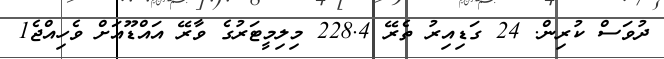
ދުވަސް ކުރިން. 24 ގަޑިއިރު ތެރޭ 228.4 މިލިމީޓަރުގެ ވާރޭ އައްޑޫއަށް ވެހިއްޖެ1